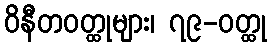
ဝိနီတဝတ္ထုများ၊ ၇၉-ဝတ္ထု